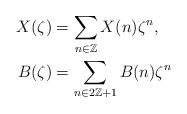
LaTeX: \begin{align*}X(\zeta)&=\sum_{n\in\mathbb{Z}}X(n)\zeta^n,\\B(\zeta)&=\sum_{n\in 2\mathbb{Z}+1}B(n)\zeta^n\end{align*}